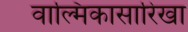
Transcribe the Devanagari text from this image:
वाल्मिकासारिखा